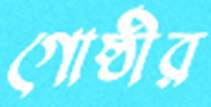
গোষ্ঠীর